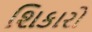
શિકારો